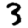
Digit: 3